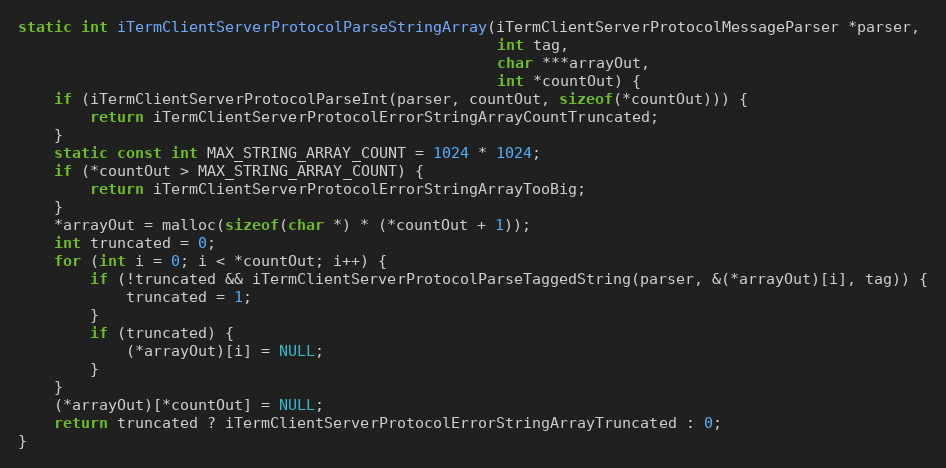
Language: C
static int iTermClientServerProtocolParseStringArray(iTermClientServerProtocolMessageParser *parser,
                                                     int tag,
                                                     char ***arrayOut,
                                                     int *countOut) {
    if (iTermClientServerProtocolParseInt(parser, countOut, sizeof(*countOut))) {
        return iTermClientServerProtocolErrorStringArrayCountTruncated;
    }
    static const int MAX_STRING_ARRAY_COUNT = 1024 * 1024;
    if (*countOut > MAX_STRING_ARRAY_COUNT) {
        return iTermClientServerProtocolErrorStringArrayTooBig;
    }
    *arrayOut = malloc(sizeof(char *) * (*countOut + 1));
    int truncated = 0;
    for (int i = 0; i < *countOut; i++) {
        if (!truncated && iTermClientServerProtocolParseTaggedString(parser, &(*arrayOut)[i], tag)) {
            truncated = 1;
        }
        if (truncated) {
            (*arrayOut)[i] = NULL;
        }
    }
    (*arrayOut)[*countOut] = NULL;
    return truncated ? iTermClientServerProtocolErrorStringArrayTruncated : 0;
}